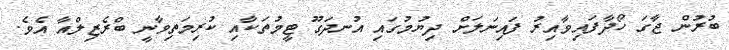
ބުރުން ޖާގަ ހޯދާފައިވާއިރު ފައިނަލަށް ދިޔުމުގައި އުނދަގޫ ޓީމުތަކާއި ކުރިމަތިވާނީ ބްރެޒިލްއާ އެވެ.